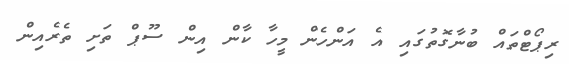
ރިޕޯޓްތައް ބުނާގޮތުގައި އެ އަންހެން މީހާ ކާން އިން ސޫޕް ތަށި ތެރެއިން